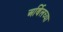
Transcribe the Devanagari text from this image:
अर्बिलच्या